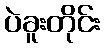
ပဲခူးတိုင်း